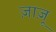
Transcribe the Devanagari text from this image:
ज़ाज़ू